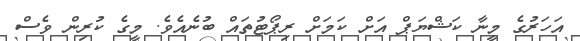
އަހަރުގެ މީނާ ކަޝްޔަޕް އަށް ކަމަށް ރިޕޯޓުތައް ބުނެއެވެ. މީގެ ކުރިން ވެސް